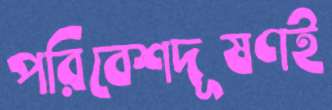
পরিবেশদূষণই